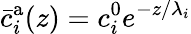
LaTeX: \bar{c}_{i}^{\mathrm{a}}(z)=c_{i}^{0}e^{-z/\lambda_{i}}